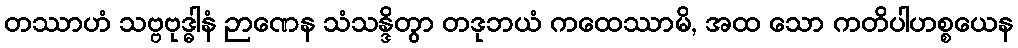
တဿာဟံ သဗ္ဗဗုဒ္ဓါနံ ဉာဏေန သံသန္ဒိတွာ တဒုဘယံ ကထေဿာမိ, အထ သော ကတိပါဟစ္စယေန